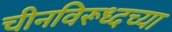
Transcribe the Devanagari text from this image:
चीनविरूध्दच्या